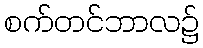
စက်တင်ဘာလ၌